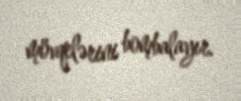
mövqelərini bombalayır.